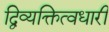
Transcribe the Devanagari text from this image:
द्विव्यक्तित्वधारी